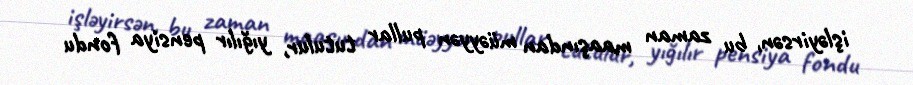
işləyirsən, bu zaman maaşından müəyyən pullar tutulur, yığılır pensiya fondu